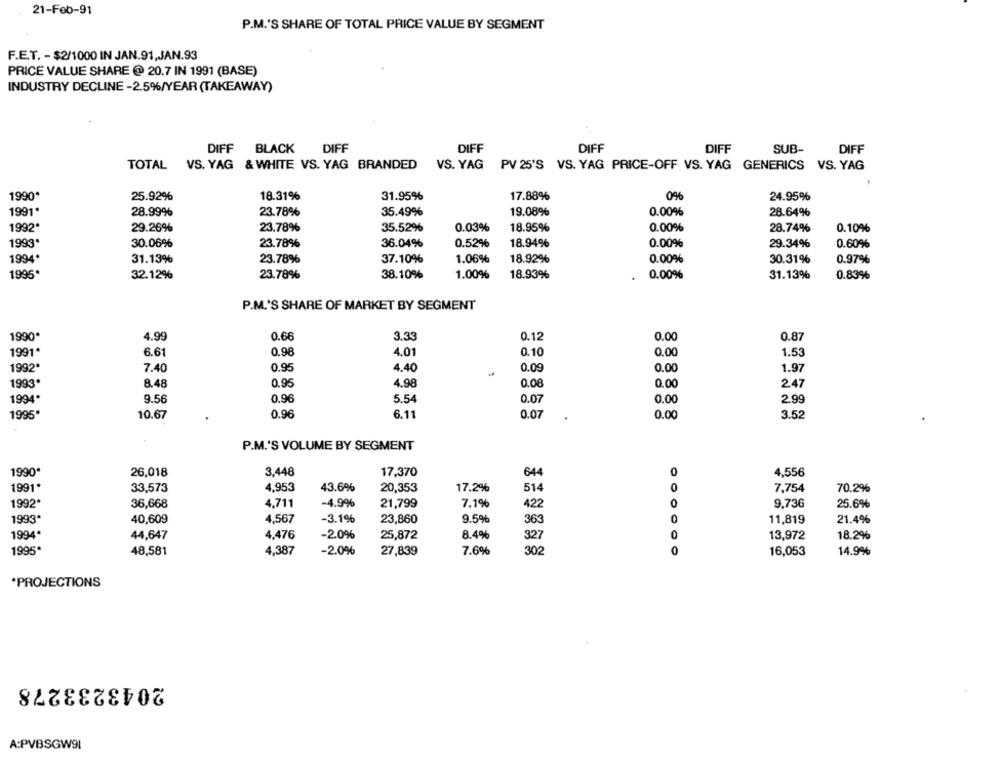
21-Feb-91
P.M.'S SHARE OF TOTAL PRICE VALUE BY SEGMENT
F.E.T. - $2/1000 IN JAN.91,JAN.93
PRICE VALUE SHARE @ 20.7 IN 1991 (BASE)
INDUSTRY DECLINE -2.5%/YEAR (TAKEAWAY)
DIFF BLACK
DIFF
DIFF
DIFF
DIFF
SUB-
DIFF
TOTAL VS. YAG & WHITE VS. YAG BRANDED
VS. YAG
PV 25'S VS. YAG PRICE-OFF VS. YAG GENERICS VS. YAG
1990*
25.92%
18.31%
31.95%
17.88%
0%
24.95%
1991*
28.99%
23.78%
35.49%
19.08%
0.00%
28.64%
1992"
29.26%
23.78%
35.52%
0.03%
18.95%
0.00%
28.74%
0.10%
1993*
30.06%
23.78%
36.04%
0.52%
18.94%
0.00%
29.34%
0.60%
1994
31.13%
23.78%
37.10%
1.06%
18.92%
0.00%
30.31%
0.97%
1995*
32.12%
23.78%
38.10%
1.00%
18.93%
0.00%
31.13%
0.83%
P.M.'S SHARE OF MARKET BY SEGMENT
1990*
4.99
0.66
3.33
0.12
0.00
0.87
1991*
0.98
4.01
0.10
0.00
1.53
6.61
1992
7.40
0.95
4.40
0.09
0.00
1.97
1993.
8.48
0.95
4.98
0.08
0.00
247
1994*
0.07
9.56
0.96
5.54
0.00
2.99
1995
10.67
0.96
6.11
0.07
0.00
3.52
P.M.'S VOLUME BY SEGMENT
1990*
26,018
3,448
17,370
644
0
4,556
1991
33,573
4,953
43.6%
20,353
17.2%
514
0
7,754
70.2%
1992*
36,668
4,711
-4.9%
21,799
7.1%
422
0
9,736
25.6%
1993ª
40,609
4,567
-3.1%
23,860
9.5%
363
0
11,819
21.4%
1994*
44,647
4,476
-2.0%
25,872
8.4%
327
0
13,972
18.2%
1995
4,387
-2.0%
27,839
7.6%
302
0
14.9%
48,581
16,053
*PROJECTIONS
2043233278
A:PVBSGW91